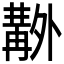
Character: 𠨊